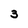
Character: 3